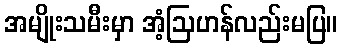
အမျိုးသမီးမှာ အံ့ဩဟန်လည်းမပြ။